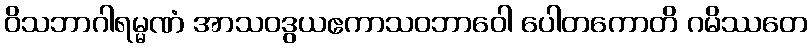
ဝိသဘာဂါရမ္မဏံ အာသဝဒွယဧကာသဝဘာဝေါ ပေါတကောတိ ဂမိဿတေ